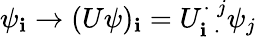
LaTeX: \psi_{\mathbf{i}}\rightarrow(U\psi)_{\mathbf{i}}=U_{\mathbf{i}\; \cdot}^{\cdot\; j}\psi_{j}